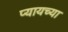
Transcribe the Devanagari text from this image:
प्यायच्या